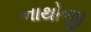
નાથોજી